Scottish Certificate of Education, 1963
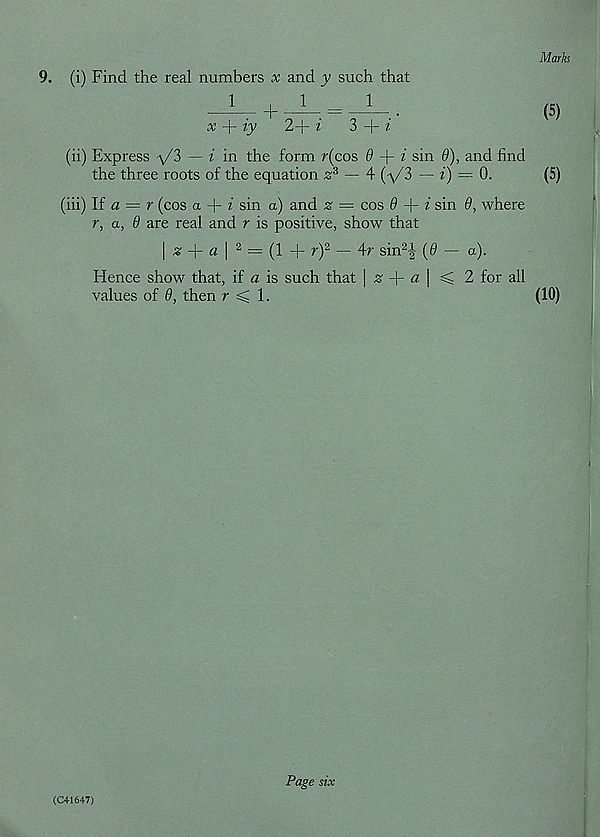
9. (i) Find the real numbers x and y such that
x -j— ty
2—b ^
3 ~b £
(ii) Express \/3 — f in the form r(cos 0 + i sin 9), and find
the three roots of the equation £ 3 — 4 (-\/3 — i) = 0.
(iii) If a = r (cos a
i sin a) and sr = cos 9 + i sin 9, where
r, a, 9 are real and r is positive, show that
\
a\ 2 = (1 + r) 2 — 4r sin 2^ (0 — a).
Hence show that, if a is such that | £ + a | ^ 2 for all
values of 9, then r < 1.
(C41647)
Page six